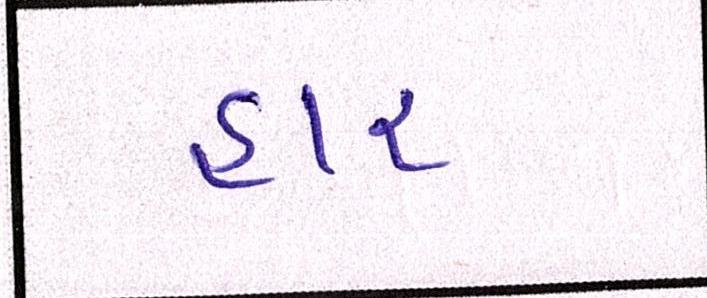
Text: હાર